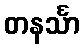
တနင်္သာ